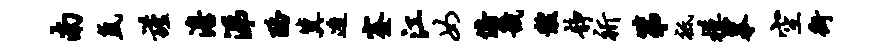
南氲谨澹涕酪冀造蹇江女俯畿黻静祈第祗模摹空街